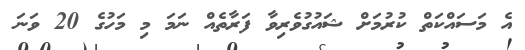
އެ މަސައްކަތް ކުރުމަށް ޝައުގުވެރިވާ ފަރާތެއް ނަމަ މި މަހުގެ 20 ވަނަ